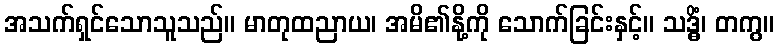
အသက်ရှင်သောသူသည်။ မာတုထညာယ၊ အမိ၏နို့ကို သောက်ခြင်းနှင့်။ သဒ္ဓိံ၊ တကွ။